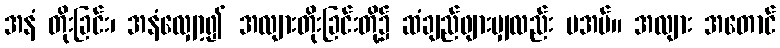
အနံ တိုးခြင်း၊ အနံလျှော့၍ အလျားတိုးခြင်းတို့၌ ဆံချည်ဖျားမျှလည်း မအပ်။ အလျား အတောင်